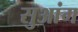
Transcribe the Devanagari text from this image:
सुआंग